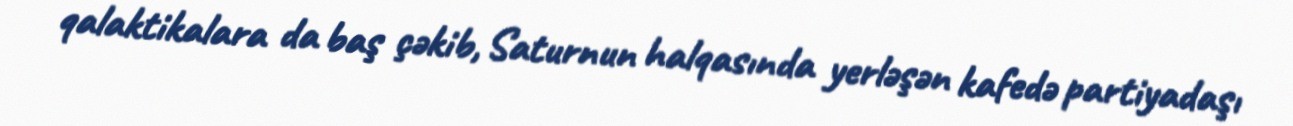
qalaktikalara da baş çəkib, Saturnun halqasında yerləşən kafedə partiyadaşı